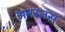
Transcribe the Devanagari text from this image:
अनस्तस